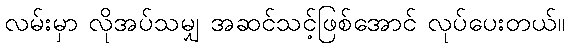
လမ်းမှာ လိုအပ်သမျှ အဆင်သင့်ဖြစ်အောင် လုပ်ပေးတယ်။